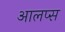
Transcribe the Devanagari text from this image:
आलप्स